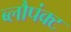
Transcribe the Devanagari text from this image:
ब्लौपंक्ट